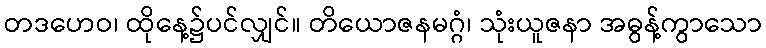
တဒဟေဝ၊ ထိုနေ့၌ပင်လျှင်။ တိယောဇနမဂ္ဂံ၊ သုံးယူဇနာ အဓွန့်ကွာသော